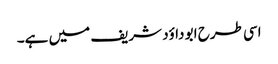
اسی طرح ابو داؤد شریف میں ہے۔